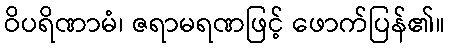
ဝိပရိဏာမံ၊ ဇရာမရဏဖြင့် ဖောက်ပြန်၏။